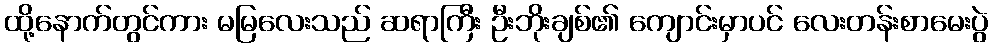
ထို့နောက်တွင်ကား မမြလေးသည် ဆရာကြီး ဦးဘိုးချစ်၏ ကျောင်းမှာပင် လေးတန်းစာမေးပွဲ